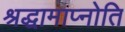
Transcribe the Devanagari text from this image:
श्रद्धामाप्नोति